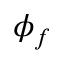
\phi _ { f }